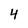
Character: 4